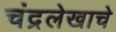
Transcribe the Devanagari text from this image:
चंद्रलेखाचे